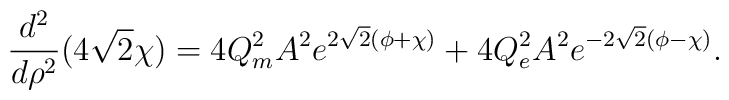
\frac{d^2}{d\rho^2}(4\sqrt{2}\chi) = 4 Q_{m}^2 A^2 e^{2\sqrt{2}(\phi+\chi)} + 4 Q_{e}^2 A^2 e^{-2\sqrt{2}(\phi-\chi)}.